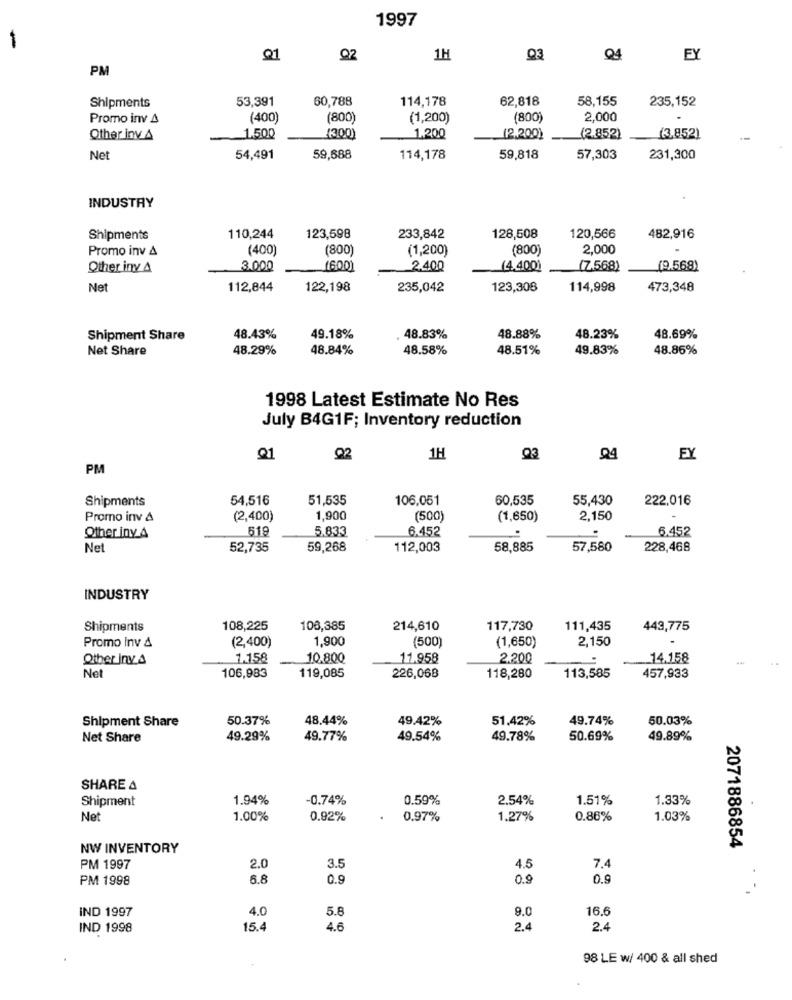
1997
Q1
92
1H
Q3
Q4
EY
PM
53,391
60,788
114,178
62,818
58,155
235,152
Shipments
Promo inv A
(400
(800)
(1,200)
(800)
2,000
Other inv A
1.500
(300)
1,200
(2,2001
(2.852)
(3,852)
-
Net
54,491
59,688
114,178
59,818
57,303
231,300
INDUSTRY
Shipments
110,244
123,598
233,842
128,508
120,566
482,916
Promo inv A
(400)
(800)
(1,200)
(800)
2,000
Other inv A
3.000
(600)
2.400
(4.400)
(7.568)
(9.568)
Net
112,844
122,198
235,042
123,308
114,998
473,348
Shipment Share
48.43%
49.18%
48.83%
48.88%
48.23%
48.69%
Net Share
48.29%
48.84%
48.58%
48.51%
49.83%
48.86%
1998 Latest Estimate No Res
July B4G1F; Inventory reduction
Q1
Q2
1H
Q3
Q4
EY
PM
Shipments
54,516
51,535
106,051
60,535
55,430
222,016
Promo inv &
(2,400)
1,900
(500)
(1,650)
2,150
519
5.833
6.452
Other inv. 4
6.452
Net
52,735
59,268
112,003
58,885
57,580
228,468
INDUSTRY
Shipments
108,225
106,385
214,610
117,730
111,435
443,775
1,900
(500)
(1,650)
2,150
Promo Inv &
(2,400)
Other Inv.A
1.158
10.800
11.958
2.200
14.158
Net
106,983
119,085
226,06B
118,280
113,585
457,933
Shipment Share
50.37%
48.44%
49.42%
51.42%
49.74%
50.03%
Net Share
49.29%
49.77%
49.54%
49.78%
50.69%
49.89%
SHARE A
Shipment
1.94%
-0.74%
0.59%
2.54%
1.51%
1.33%
Ne
1.00%
0.92%
0.97%
1.27%
0.86%
1.03%
NW INVENTORY
2071886854
3.5
7,4
PM 1997
2.0
4.5
PM 1998
6.8
0.9
0.9
0.9
IND 1997
4.0
5.8
9.0
16.6
IND 1998
15.4
4.6
2.4
2.4
98 LE w/ 400 & all shed